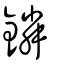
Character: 鏻